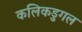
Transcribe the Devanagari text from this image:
कलिकडुगल